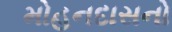
મોહનદાસનો